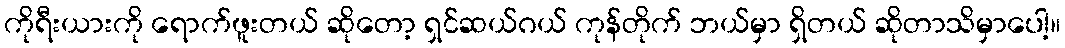
ကိုရီးယားကို ရောက်ဖူးတယ် ဆိုတော့ ရှင်ဆယ်ဂယ် ကုန်တိုက် ဘယ်မှာ ရှိတယ် ဆိုတာသိမှာပေါ့။